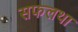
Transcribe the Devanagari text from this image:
सफलथा